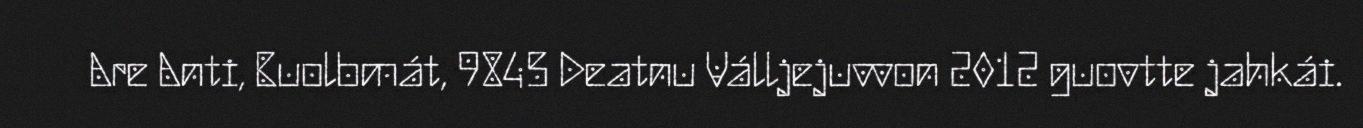
Are Anti, Buolbmát, 9845 Deatnu Válljejuvvon 2012 guovtte jahkái.